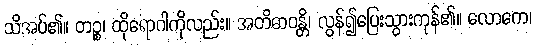
သိအပ်၏။ တဉ္စ၊ ထိုရောဂါကိုလည်း။ အတိဓာဝန္တိ၊ လွန်၍ပြေးသွားကုန်၏။ လောကေ၊